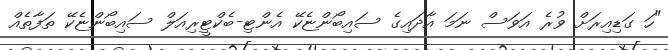
"ހަ ގަޑިއިރަށް ވުރެ އަވަސް ނަމަ އާދައިގެ ސައިބޯންޏެކޭ އެންޓި-ބެކްޓީރިއަލް ސައިބޯންޏެކޭ ތަފާތެއް